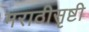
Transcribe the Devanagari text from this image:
मराठीसृष्टी